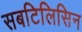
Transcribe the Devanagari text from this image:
सबटिलिसिन